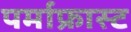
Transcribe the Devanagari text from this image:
पर्माफ्रास्ट